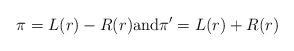
LaTeX: \begin{align*}\pi = L(r) - R(r) \mbox{and} \pi' = L(r) + R(r)\end{align*}